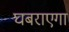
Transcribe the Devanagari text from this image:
घबराएगा